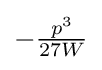
\textstyle -{\frac {p^{3}}{27W}}